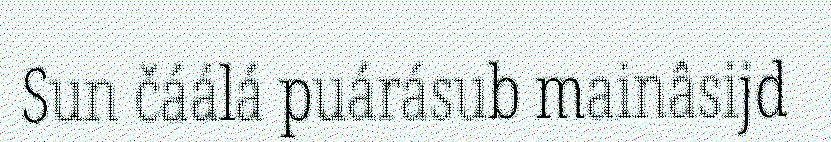
Sun čáálá puárásub mainâsijd